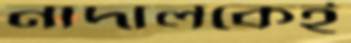
নাদালকেই